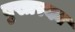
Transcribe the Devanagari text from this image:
बुखारका